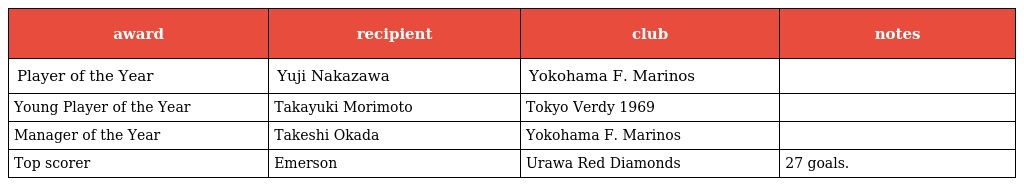
| award | recipient | club | notes |
 | --- | --- | --- | --- |
 | Player of the Year | Yuji Nakazawa | Yokohama F. Marinos |  |
 | Young Player of the Year | Takayuki Morimoto | Tokyo Verdy 1969 |  |
 | Manager of the Year | Takeshi Okada | Yokohama F. Marinos |  |
 | Top scorer | Emerson | Urawa Red Diamonds | 27 goals. |